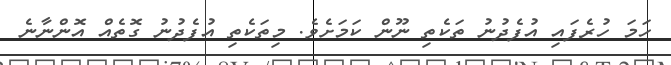
ހަމަ ހުރެފައި އުފެދުނު ތަކެތި ނޫން ކަމަށެވެ. މިތަކެތި އުފެދުނު ގޮތެއް އޮންނާނެ